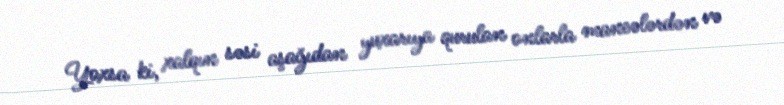
Yoxsa ki, xalqın səsi aşağıdan yuxarıya qurulan onlarla maneələrdən və